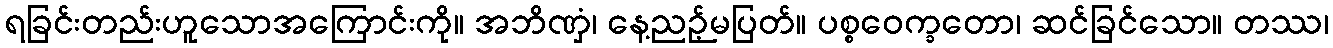
ရခြင်းတည်းဟူသောအကြောင်းကို။ အဘိဏှံ၊ နေ့ညဉ့်မပြတ်။ ပစ္စဝေက္ခတော၊ ဆင်ခြင်သော။ တဿ၊